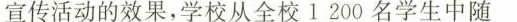
宣传活动的效果，学校从全校1200名学生中随